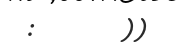
:       ))